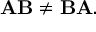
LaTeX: \mathbf { A } \mathbf { B } \neq \mathbf { B } \mathbf { A } .